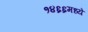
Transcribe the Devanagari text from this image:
१४६६मध्ये